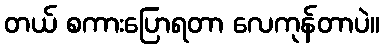
တယ် စကားပြောရတာ လေကုန်တာပဲ။